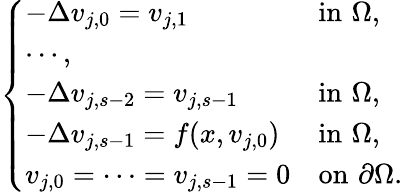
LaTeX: \left\{ \begin{array}{ll}{-\Delta v_{j,0}=v_{j,1}\ \ \ \ \ \ \ \ \ \ }&{\mathrm{in}\, \, \Omega,}\\ {\cdots,}\\ {-\Delta v_{j,s-2}=v_{j,s-1}}&{\mathrm{in}\, \, \Omega,}\\ {-\Delta v_{j,s-1}=f(x,v_{j,0})}&{\mathrm{in}\, \, \Omega,}\\ {v_{j,0}=\cdots=v_{j,s-1}=0}&{\mathrm{on}\, \, \partial\Omega.}\end{array}\right.